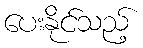
ပေးနိုင်သည့်